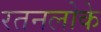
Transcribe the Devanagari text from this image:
रतनलोके